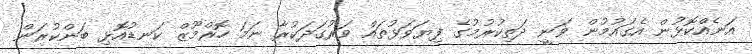
އަނެއްކޮޅުން އެގައުމުން ވަނީ ދަތިކުރުމުގެ ފިޔަވަޅުތައް ވަރުގަދަކުރާ ނަމަ ހޮރްމޫޒް ކަނޑުއޮޅި ބަންކުރަން